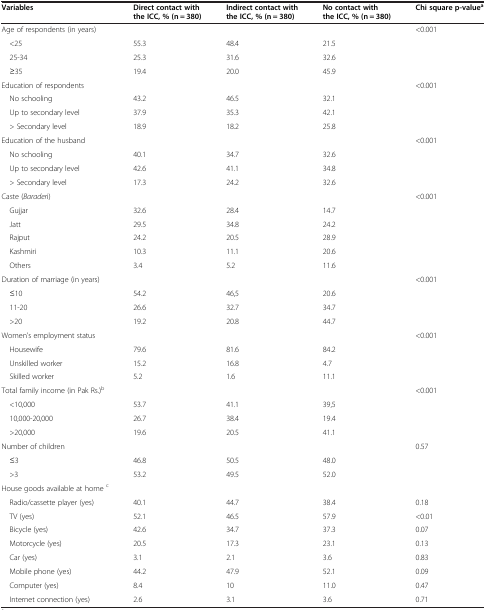
<table><thead><tr><td><b>Variables</b></td><td><b>Direct contact with the ICC, % (n = 380)</b></td><td><b>Indirect contact with the ICC, % (n = 380)</b></td><td><b>No contact with the ICC, % (n = 380)</b></td><td><b>Chi square p-value<sup>a</sup></b></td></tr></thead><tbody><tr><td>Age of respondents (in years)</td><td> </td><td> </td><td> </td><td rowspan="4">&lt;0.001</td></tr><tr><td> &lt;25</td><td>55.3</td><td>48.4</td><td>21.5</td></tr><tr><td> 25-34</td><td>25.3</td><td>31.6</td><td>32.6</td></tr><tr><td> ≥35</td><td>19.4</td><td>20.0</td><td>45.9</td></tr><tr><td>Education of respondents</td><td> </td><td> </td><td> </td><td rowspan="4">&lt;0.001</td></tr><tr><td> No schooling</td><td>43.2</td><td>46.5</td><td>32.1</td></tr><tr><td> Up to secondary level</td><td>37.9</td><td>35.3</td><td>42.1</td></tr><tr><td> &gt; Secondary level</td><td>18.9</td><td>18.2</td><td>25.8</td></tr><tr><td>Education of the husband</td><td> </td><td> </td><td> </td><td rowspan="4">&lt;0.001</td></tr><tr><td> No schooling</td><td>40.1</td><td>34.7</td><td>32.6</td></tr><tr><td> Up to secondary level</td><td>42.6</td><td>41.1</td><td>34.8</td></tr><tr><td> &gt; Secondary level</td><td>17.3</td><td>24.2</td><td>32.6</td></tr><tr><td>Caste (<i>Barader</i>i)</td><td> </td><td> </td><td> </td><td rowspan="6">&lt;0.001</td></tr><tr><td> Gujjar</td><td>32.6</td><td>28.4</td><td>14.7</td></tr><tr><td> Jatt</td><td>29.5</td><td>34.8</td><td>24.2</td></tr><tr><td> Rajput</td><td>24.2</td><td>20.5</td><td>28.9</td></tr><tr><td> Kashmiri</td><td>10.3</td><td>11.1</td><td>20.6</td></tr><tr><td> Others</td><td>3.4</td><td>5.2</td><td>11.6</td></tr><tr><td>Duration of marriage (in years)</td><td> </td><td> </td><td> </td><td rowspan="4">&lt;0.001</td></tr><tr><td> ≤10</td><td>54.2</td><td>46,5</td><td>20.6</td></tr><tr><td> 11-20</td><td>26.6</td><td>32.7</td><td>34.7</td></tr><tr><td> &gt;20</td><td>19.2</td><td>20.8</td><td>44.7</td></tr><tr><td>Women’s employment status</td><td> </td><td> </td><td> </td><td rowspan="4">&lt;0.001</td></tr><tr><td> Housewife</td><td>79.6</td><td>81.6</td><td>84.2</td></tr><tr><td> Unskilled worker</td><td>15.2</td><td>16.8</td><td>4.7</td></tr><tr><td> Skilled worker</td><td>5.2</td><td>1.6</td><td>11.1</td></tr><tr><td>Total family income (in Pak Rs.)<sup>b</sup></td><td> </td><td> </td><td> </td><td rowspan="4">&lt;0.001</td></tr><tr><td> &lt;10,000</td><td>53.7</td><td>41.1</td><td>39,5</td></tr><tr><td> 10,000-20,000</td><td>26.7</td><td>38.4</td><td>19.4</td></tr><tr><td> &gt;20,000</td><td>19.6</td><td>20.5</td><td>41.1</td></tr><tr><td>Number of children</td><td> </td><td> </td><td> </td><td rowspan="3">0.57</td></tr><tr><td> ≤3</td><td>46.8</td><td>50.5</td><td>48.0</td></tr><tr><td> &gt;3</td><td>53.2</td><td>49.5</td><td>52.0</td></tr><tr><td>House goods available at home <sup>c</sup></td><td> </td><td> </td><td> </td><td> </td></tr><tr><td> Radio/cassette player (yes)</td><td>40.1</td><td>44.7</td><td>38.4</td><td>0.18</td></tr><tr><td> TV (yes)</td><td>52.1</td><td>46.5</td><td>57.9</td><td>&lt;0.01</td></tr><tr><td> Bicycle (yes)</td><td>42.6</td><td>34.7</td><td>37.3</td><td>0.07</td></tr><tr><td> Motorcycle (yes)</td><td>20.5</td><td>17.3</td><td>23.1</td><td>0.13</td></tr><tr><td> Car (yes)</td><td>3.1</td><td>2.1</td><td>3.6</td><td>0.83</td></tr><tr><td> Mobile phone (yes)</td><td>44.2</td><td>47.9</td><td>52.1</td><td>0.09</td></tr><tr><td> Computer (yes)</td><td>8.4</td><td>10</td><td>11.0</td><td>0.47</td></tr><tr><td> Internet connection (yes)</td><td>2.6</td><td>3.1</td><td>3.6</td><td>0.71</td></tr></tbody></table>